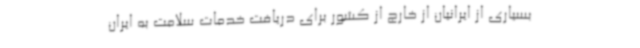
بسیاری از ایرانیان از خارج از کشور برای دریافت خدمات سلامت به ایران